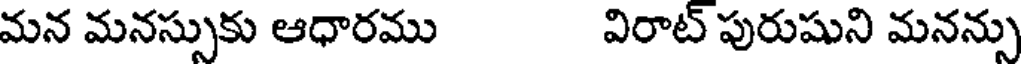
మన మనస్సుకు ఆధారము విరాట్ పురుషుని మనన్సు